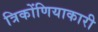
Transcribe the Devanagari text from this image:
त्रिकोंणियाकारी